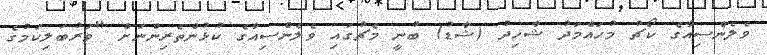
ވެލެންސިއާގެ ކޯޗު މުހައްމަދު ޝާހިދު (ޝާޑު) ބުނީ މެޗުގައި ވެލެންސިއާގެ ކުޅުންތެރިންނަށް "ވަރުބަލިކަމުގެ